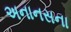
અનાનસના